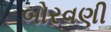
બોરવણી